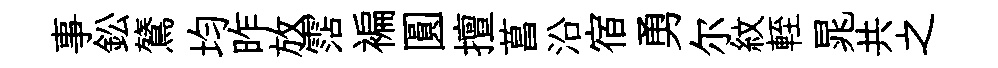
事鈆鷟均昨放霑褊圓擅菖沿宿勇尔紋輊晁共之